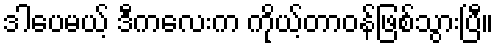
ဒါပေမယ့် ဒီကလေးက ကိုယ့်တာဝန်ဖြစ်သွားပြီ။